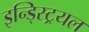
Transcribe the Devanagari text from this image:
इन्ड्स्ट्रियल